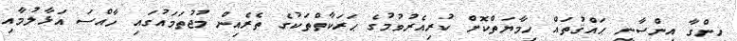
ހިންގާ އިންސާނީ ޙައްޤުތައް ހިމާޔަތްކޮށް ކުރިއެރުވުމުގެ ޙަރަކާތްތަކުގެ ތެރެއިން މުޖުތަމައުގައި ހާއްސަ އަޅާލުމާއި